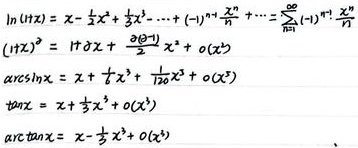
\[\begin{align*}
\ln(1 + x) &= x - \frac{1}{2}x^2 + \frac{1}{3}x^3 - \cdots + (-1)^{n - 1} \frac{x^n}{n} + \cdots = \sum_{n = 1}^{\infty} (-1)^{n - 1} \frac{x^n}{n}\\
(1 + x)^{\alpha} &= 1 + \alpha x + \frac{\alpha(\alpha - 1)}{2!}x^2 + o(x^2)\\
\arcsin x &= x + \frac{1}{6}x^3 + \frac{3}{40}x^5 + o(x^5)\\
\tan x &= x + \frac{1}{3}x^3 + o(x^3)\\
\arctan x &= x - \frac{1}{3}x^3 + o(x^3)
\end{align*}\]